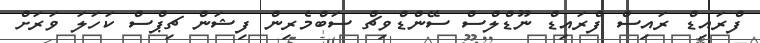
ފްރައިޑް ރައިސް ފްރައިޑް ނޫޑްލްސް ސޭންޑްވިޗް ސަބްމެރިން ފިޝަން ޗިޕްސް ކަހަލަ ވަރަށް